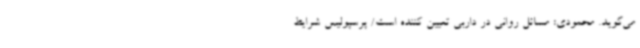
می‌گوید. محمودی: مسائل روانی در داربی تعیین کننده است/ پرسپولیس شرایط